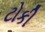
ટોકી